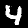
Digit: 4